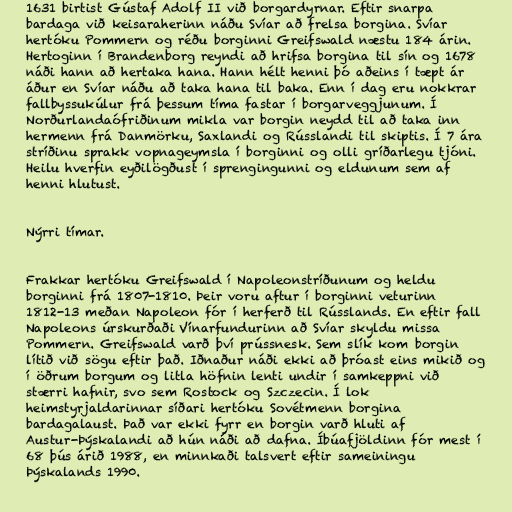
1631 birtist Gústaf Adolf II við borgardyrnar. Eftir snarpa
bardaga við keisaraherinn náðu Svíar að frelsa borgina. Svíar
hertóku Pommern og réðu borginni Greifswald næstu 184 árin.
Hertoginn í Brandenborg reyndi að hrifsa borgina til sín og 1678
náði hann að hertaka hana. Hann hélt henni þó aðeins í tæpt ár
áður en Svíar náðu að taka hana til baka. Enn í dag eru nokkrar
fallbyssukúlur frá þessum tíma fastar í borgarveggjunum. Í
Norðurlandaófriðinum mikla var borgin neydd til að taka inn
hermenn frá Danmörku, Saxlandi og Rússlandi til skiptis. Í 7 ára
stríðinu sprakk vopnageymsla í borginni og olli gríðarlegu tjóni.
Heilu hverfin eyðilögðust í sprengingunni og eldunum sem af
henni hlutust.

Nýrri tímar.

Frakkar hertóku Greifswald í Napoleonstríðunum og heldu
borginni frá 1807-1810. Þeir voru aftur í borginni veturinn
1812-13 meðan Napoleon fór í herferð til Rússlands. En eftir fall
Napoleons úrskurðaði Vínarfundurinn að Svíar skyldu missa
Pommern. Greifswald varð því prússnesk. Sem slík kom borgin
lítið við sögu eftir það. Iðnaður náði ekki að þróast eins mikið og
í öðrum borgum og litla höfnin lenti undir í samkeppni við
stærri hafnir, svo sem Rostock og Szczecin. Í lok
heimstyrjaldarinnar síðari hertóku Sovétmenn borgina
bardagalaust. Það var ekki fyrr en borgin varð hluti af
Austur-Þýskalandi að hún náði að dafna. Íbúafjöldinn fór mest í
68 þús árið 1988, en minnkaði talsvert eftir sameiningu
Þýskalands 1990.